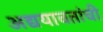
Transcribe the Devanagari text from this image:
अद्ययावतांची